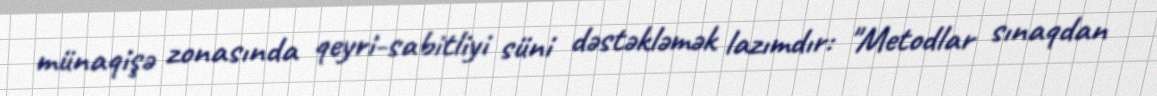
münaqişə zonasında qeyri-sabitliyi süni dəstəkləmək lazımdır: "Metodlar sınaqdan